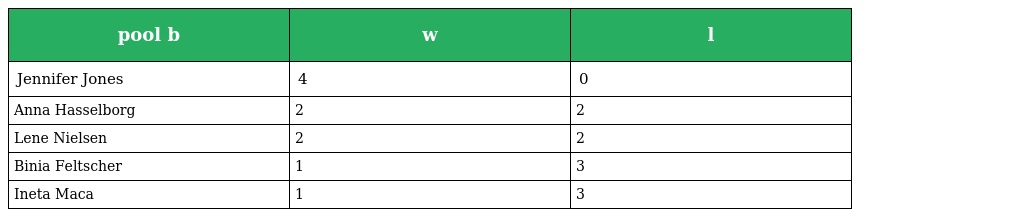
| pool b | w | l |
 | --- | --- | --- |
 | Jennifer Jones | 4 | 0 |
 | Anna Hasselborg | 2 | 2 |
 | Lene Nielsen | 2 | 2 |
 | Binia Feltscher | 1 | 3 |
 | Ineta Maca | 1 | 3 |